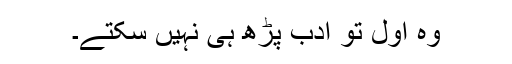
وہ اول تو ادب پڑھ ہی نہیں سکتے۔